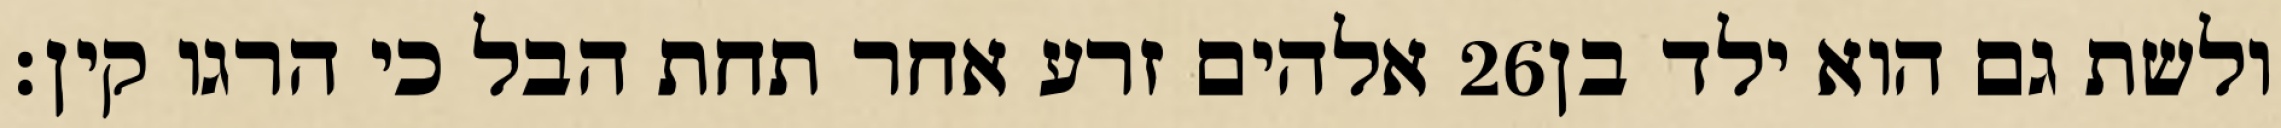
אלהים זרע אחר תחת הבל כי הרגו קין׃ ‎26‏ ולשת גם הוא ילד בן